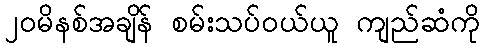
၂၀မိနစ်အချိန် စမ်းသပ်ဝယ်ယူ ကျည်ဆံကို